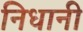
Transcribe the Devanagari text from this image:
निधानी